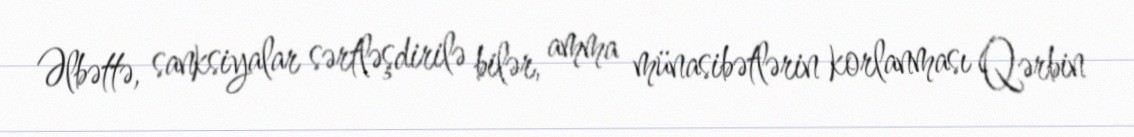
Əlbəttə, sanksiyalar sərtləşdirilə bilər, amma münasibətlərin korlanması Qərbin